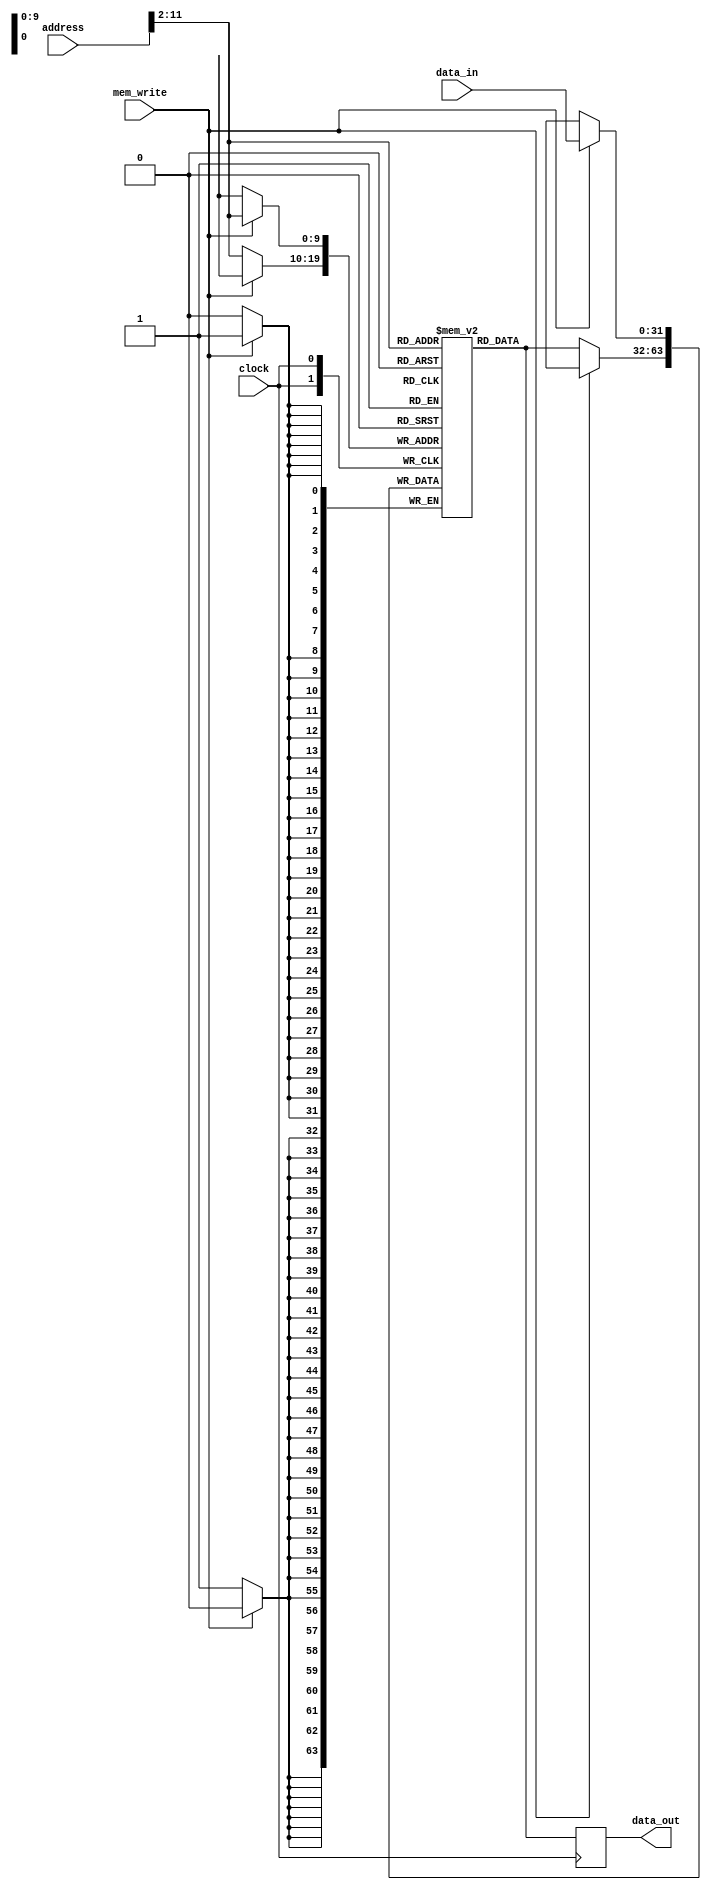
module dm(data_out,clock,mem_write,address,data_in);
	output reg [31:0] data_out;
	input clock;
	input mem_write;
	input [31:0] address;
	input [31:0] data_in;
	reg [31:0] data_memory[1023:0];
	wire [9:0]taddre;

	assign taddre = address[11:2];

	always @(posedge clock)
	begin
		if(mem_write)
		begin
			data_memory[taddre] <= data_in;
		end
		else
		begin
			data_memory[taddre] <= data_memory[taddre];
		end
	end

	always @(negedge clock)
	begin
		data_out = data_memory[taddre] ;
	end
endmodule